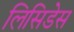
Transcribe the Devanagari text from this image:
लिसिडेस